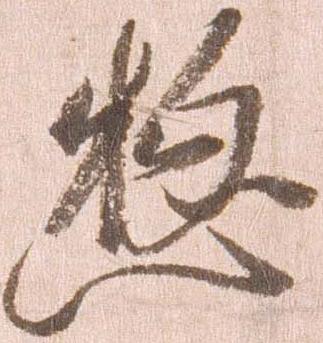
惣